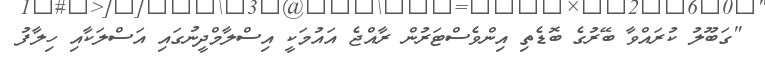
"ގަބޫލު ކުރައްވާ ބޭރުގެ ބޮޑެތި އިންވެސްޓަރުން ރާއްޖެ އައުމަކީ އިސްލާމްދީނުގައި އަސްލަކާއި ހިލާފު